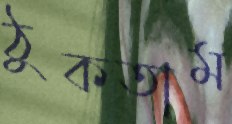
ঠুকতাম